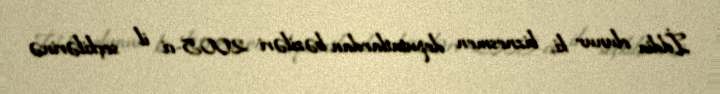
İddia olunur ki, biznesmen deputatlardan bəziləri 2005-ci il seçkilərinə